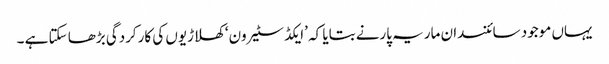
یہاں موجود سائنسدان ماریہ پارنے بتایا کہ ’ایکڈ سٹیرون‘ کھلاڑیوں کی کارکردگی بڑھا سکتا ہے ۔